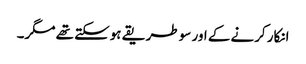
انکار کرنے کے اور سو طریقے ہوسکتے تھے مگر۔